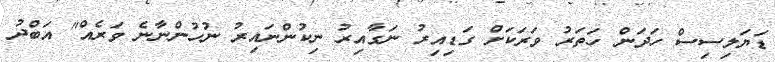
ޑަޔަލިސިސް ހަދަން ހަތަރު ވަރަކަށް ގަޑިއިރު ނަގާއިރު ނިކުންނައިރު ނުހުންނާނެ ވަރެއް" އަބްދު